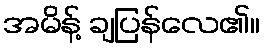
အမိန့် ချပြန်လေ၏။